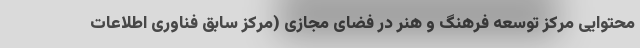
محتوایی مرکز توسعه فرهنگ و هنر در فضای مجازی (مرکز سابق فناوری اطلاعات